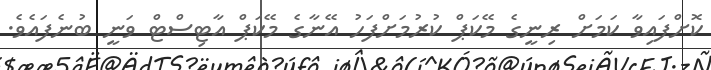
ކޮށްފައިވާ ކަމަށް ރިނީގެ މޭކަޕް ކުރުމަށްފަހު އޭނާގެ މޭކަޕް އާޓިސްޓް ވަނީ ބުނެފައެވެ.